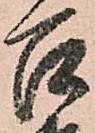
召